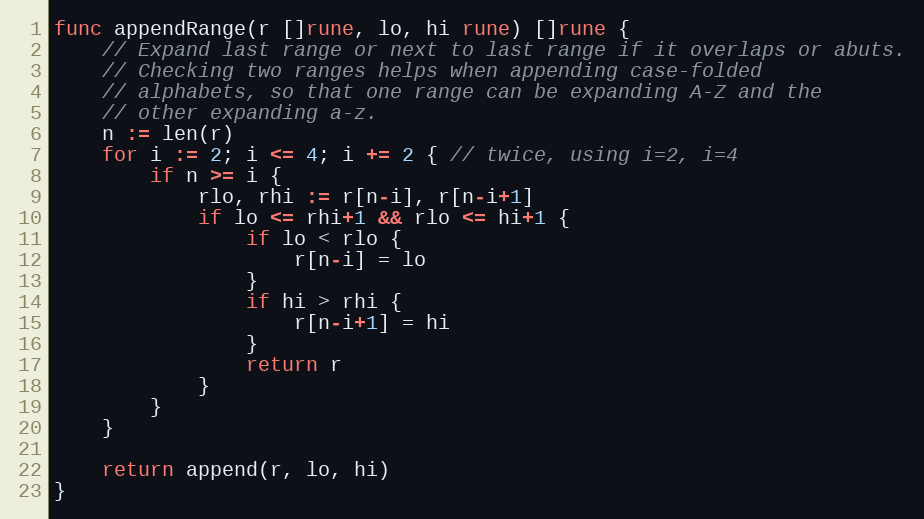
Language: Go
func appendRange(r []rune, lo, hi rune) []rune {
	// Expand last range or next to last range if it overlaps or abuts.
	// Checking two ranges helps when appending case-folded
	// alphabets, so that one range can be expanding A-Z and the
	// other expanding a-z.
	n := len(r)
	for i := 2; i <= 4; i += 2 { // twice, using i=2, i=4
		if n >= i {
			rlo, rhi := r[n-i], r[n-i+1]
			if lo <= rhi+1 && rlo <= hi+1 {
				if lo < rlo {
					r[n-i] = lo
				}
				if hi > rhi {
					r[n-i+1] = hi
				}
				return r
			}
		}
	}

	return append(r, lo, hi)
}